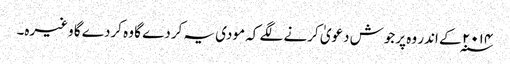
۲۰۱۴ ؁ کے اندر وہ پرجوش دعویٰ کرنے لگے کہ مودی یہ کردے گا وہ کردے گا وغیرہ۔